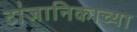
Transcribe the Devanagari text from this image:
टांजानिकाच्या